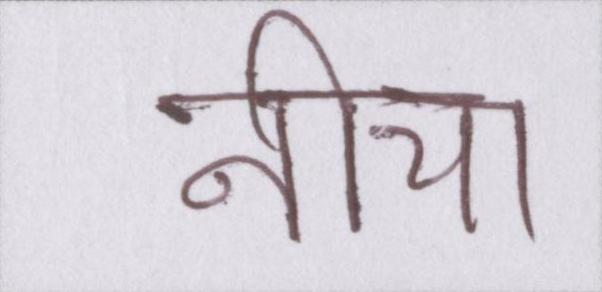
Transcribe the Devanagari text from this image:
नीचा